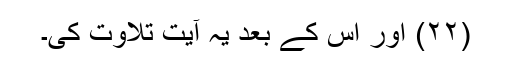
(۲۲) اور اس کے بعد یہ آیت تلاوت کی۔